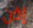
إذن